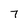
Character: 7